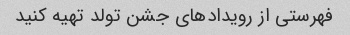
فهرستی از رویدادهای جشن تولد تهیه کنید